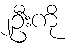
၂ဦးကို